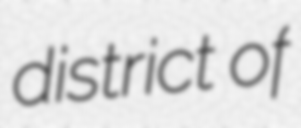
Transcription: district of